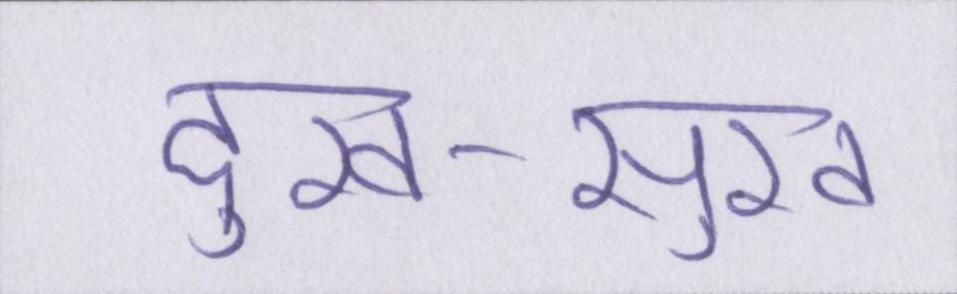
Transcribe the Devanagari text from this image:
दुख-सुख